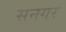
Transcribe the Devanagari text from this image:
सनगर